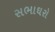
સભાઘરો